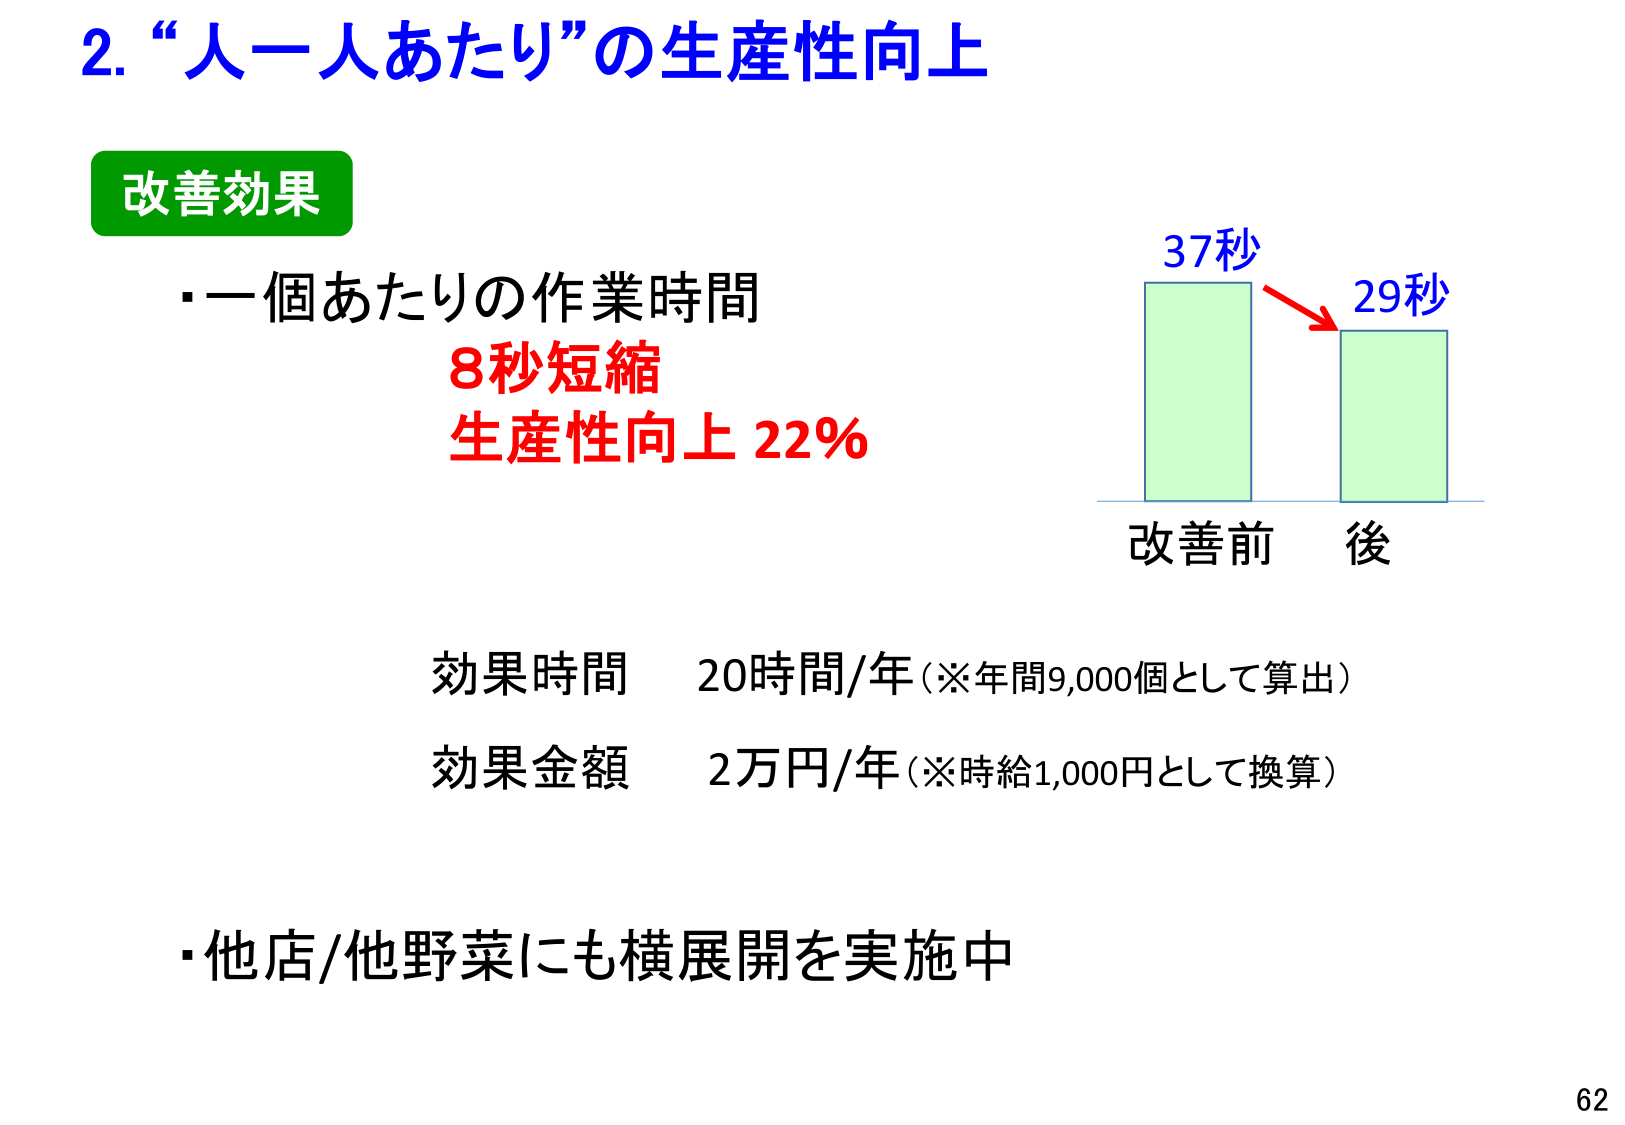
2. “人一人あたり”の生産性向上

改善効果
・一個あたりの作業時間
8秒短縮
生産性向上 22%

37秒
29秒
改善前 後

効果時間 20時間/年（※年間9,000個として算出）
効果金額 2万円/年（※時給1,000円として換算）

・他店/他野菜にも横展開を実施中

62